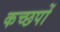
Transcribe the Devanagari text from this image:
कच्छपों